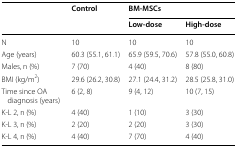
| <ROWSPAN=2>  | <ROWSPAN=2> Control | <COLSPAN=2> BM-MSCs |
 | Low-dose | High-dose |
 | --- | --- | --- | --- |
 | N | 10 | 10 | 10 |
 | Age (years) | 60.3 (55.1, 61.1) | 65.9 (59.5, 70.6) | 57.8 (55.0, 60.8) |
 | Males, n (%) | 7 (70) | 4 (40) | 8 (80) |
 | BMI (kg/m2) | 29.6 (26.2, 30.8) | 27.1 (24.4, 31.2) | 28.5 (25.8, 31.0) |
 | Time since OA diagnosis (years) | 6 (2, 8) | 9 (4, 12) | 10 (7, 15) |
 | K-L 2, n (%) | 4 (40) | 1 (10) | 3 (30) |
 | K-L 3, n (%) | 2 (20) | 2 (20) | 3 (30) |
 | K-L 4, n (%) | 4 (40) | 7 (70) | 4 (40) |